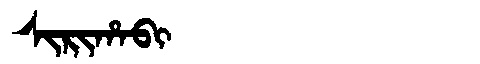
Manchu: ᠰᡳᡵᡳᡥᠠᠪᡳ
Romanization: SIRIHABI